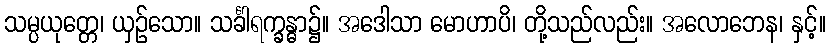
သမ္ပယုတ္တေ၊ ယှဉ်သော။ သင်္ခါရက္ခန္ဓာ၌။ အဒေါသာ မောဟာပိ၊ တို့သည်လည်း။ အလောဘေန၊ နှင့်။